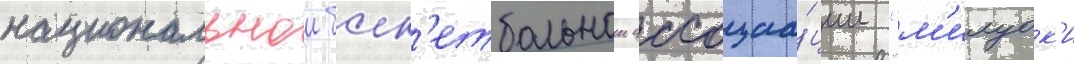
национальнои баск'етбольнои ассоциа́ции "м'илуок'и